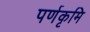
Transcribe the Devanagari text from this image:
पर्णकृमि